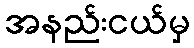
အနည်းငယ်မှ